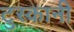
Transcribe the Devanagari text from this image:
टुस्कानी